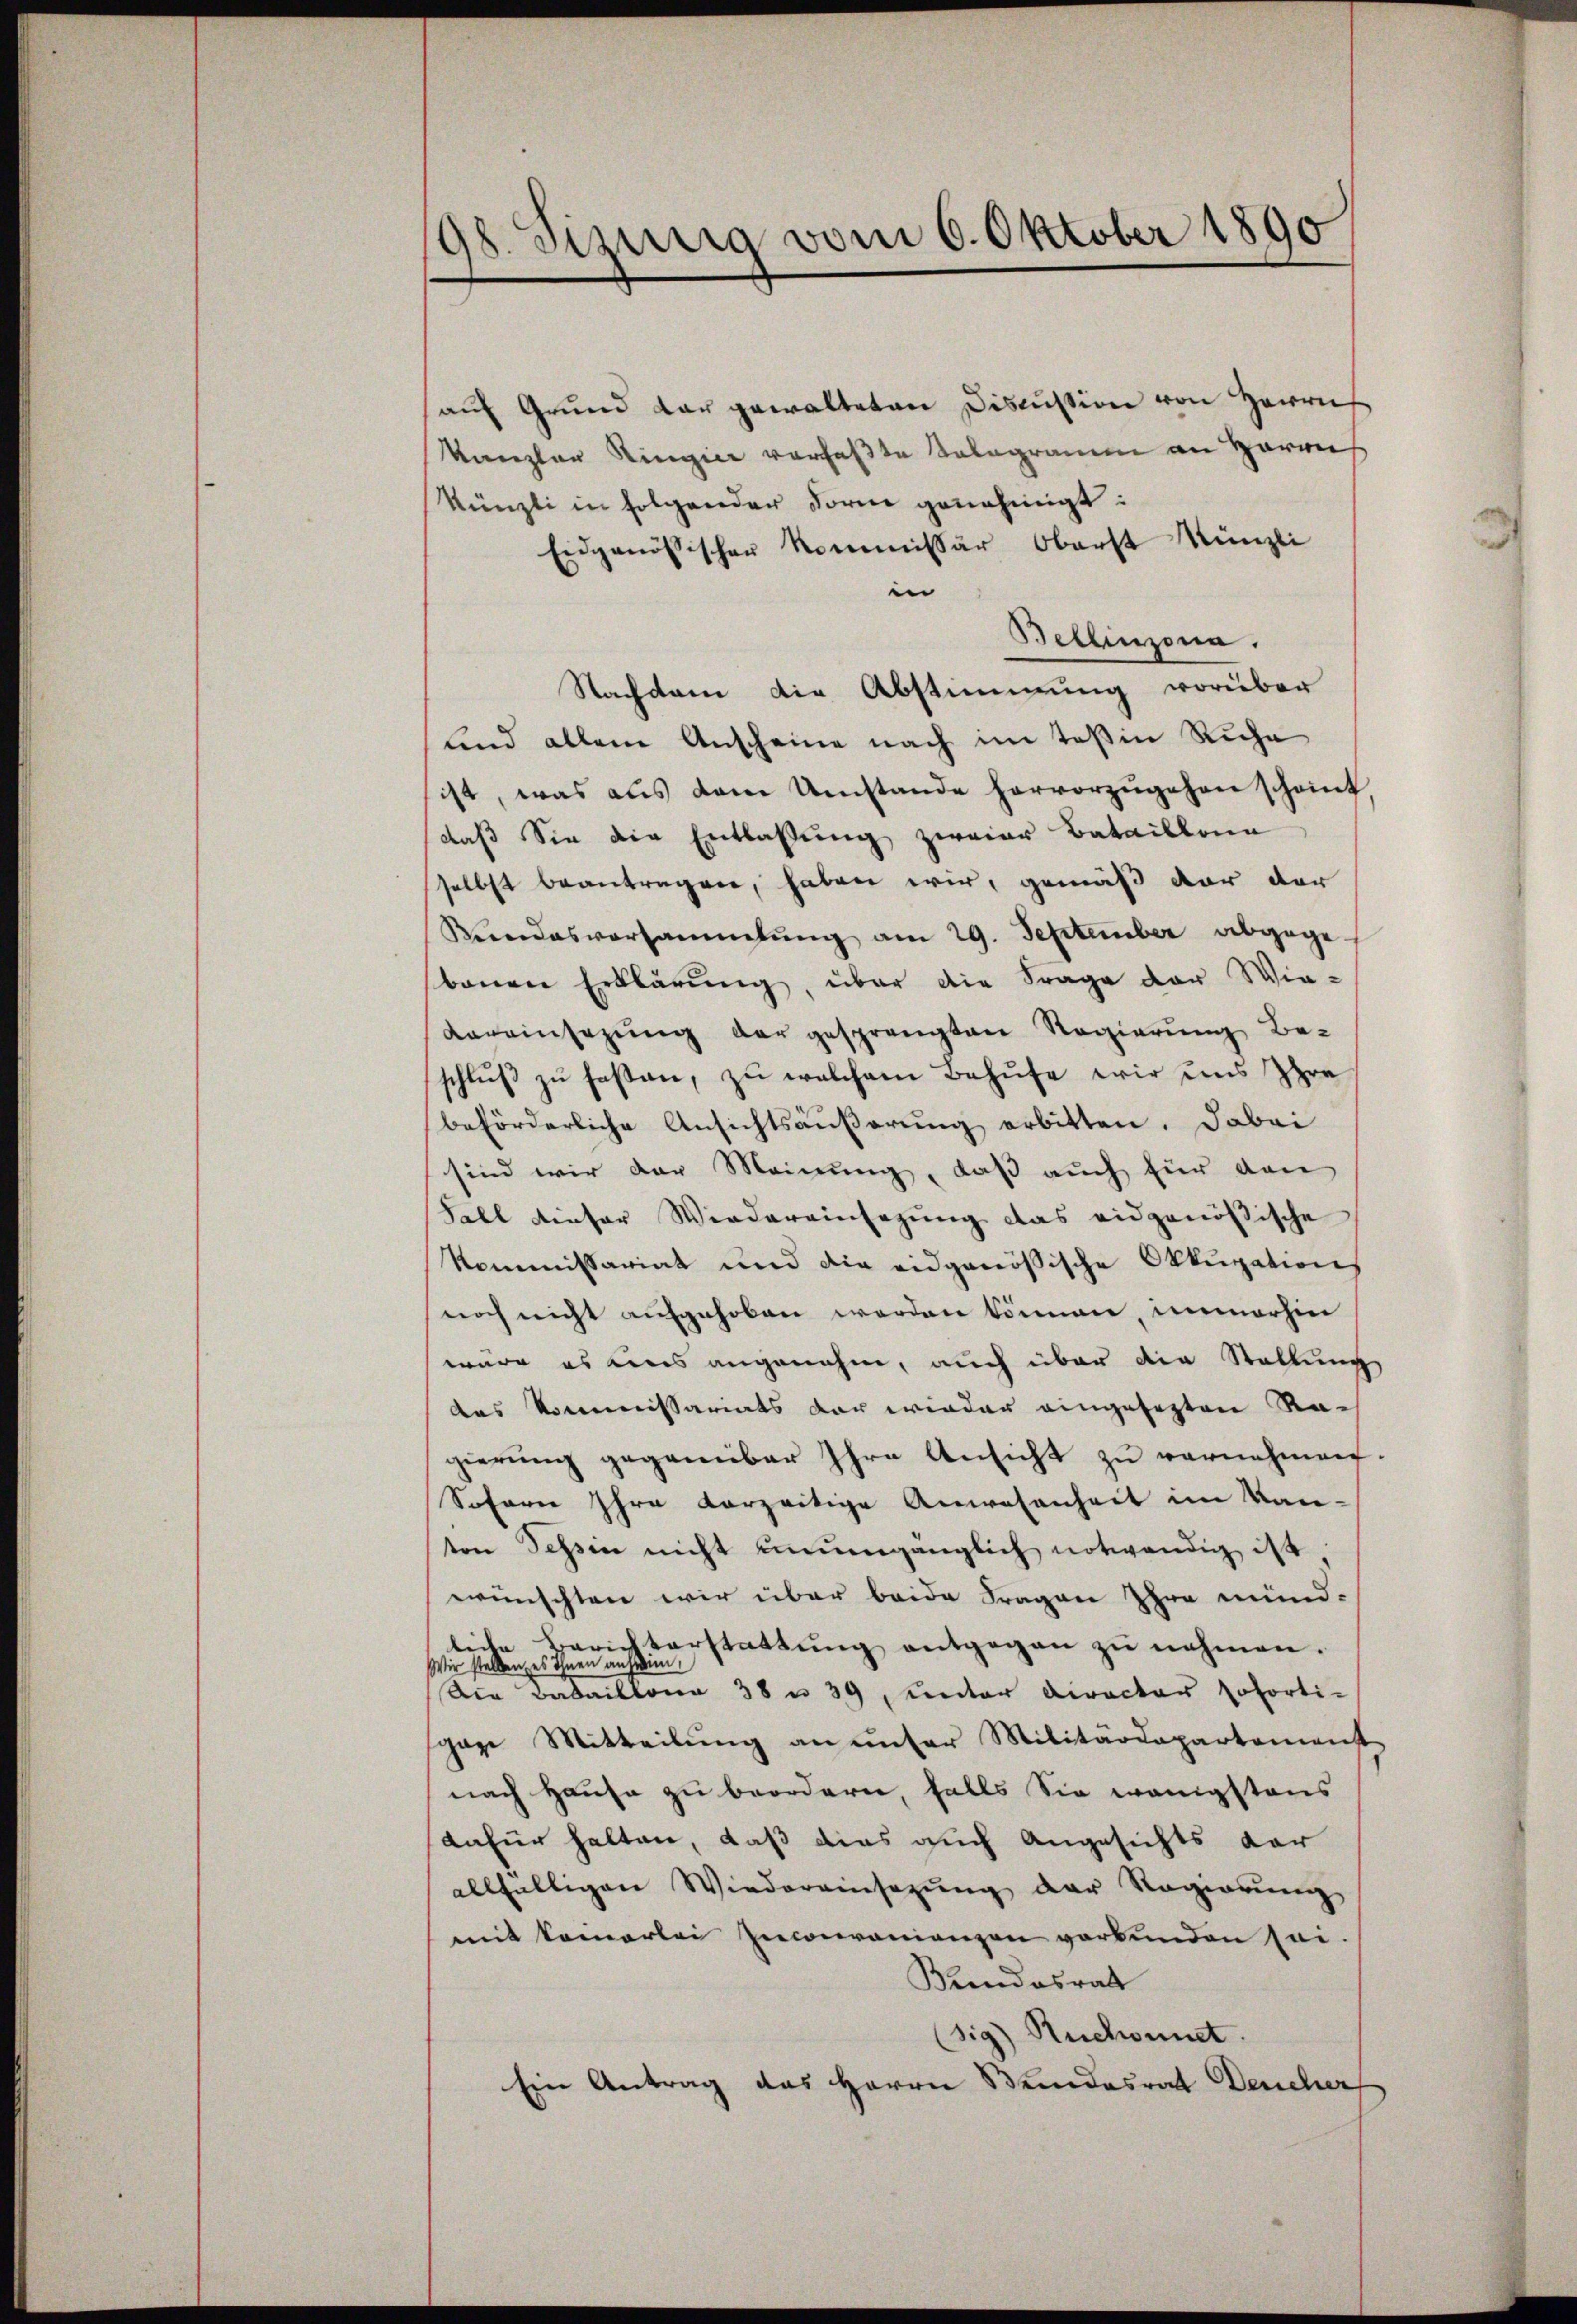
98. Sizilig vom 6. Oktober 1890

aŭf Grund dar gewalteten Discussion von Herrn
Kanzler Ringier verfaßte Selogramm an Harrie
Künzli in folgender Form genehmigt:
Eidgenössischer Kommissär Oberst Künzli
in
Bellinzona.
Nachdem die Abstimmung vorüber
sind allein Anscheine nach im Teßin Riche
ist, was aus dem Umstande hervorzugehen scheint
daß Sie die Entlassung zweier Bataillona
selbst beantragen, haben wir, gemäß der der
Vedasversammlung am 29. September abgege
bauen Erklärung, über die Frage der Wie¬
Vereinsezung der gesprengten Regierung be-
schlŭβ zŭ faßen, zu welchem Behufe wir uns spra
beförderliche Ansichtsäußerung erbitten. Dabei
sind wir der Meinung, daß auch für den
Fall dieser Wiedereinsagung das eidgenößische
Kommissariat und die eidgenößische Okkupations
noch nicht aufgehoben worden können, immerhin
wäre es uns angenehm, auch über die Stellung
das Kommissariats der wieder eingesagten Nach
gierung gegenüber Ihre Ansicht zu vernehmen.
Soferne Ihre vorzeitige Anwesenheit im Kan-
ton Tessin nicht unumgänglich notwendig ist
wünschten wir über beide Fragen Ihre mündliche Berichterstattung entgegen zu nehmen.
Wir stellen, es ihnen anheim,
Die Bataillone 38 u. 39, unter Director soforti-
gare Mitteilŭng an unser Militärdepartement
nach Hause zu beorderen, falls Sie wenigstens
dafür halten, daß dies auch Angesichts dar
allfälligen Wiedereinsetzŭng der Regierŭng
mit kamerlei Inconvenienzen verbunden sei.
Wendesrath
(sig Ruchonnet.
Ein Antrag das Herrn Wundesrat Deucher